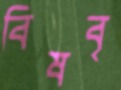
বিষবৃ